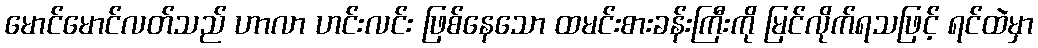
မောင်မောင်လတ်သည် ဟာလာ ဟင်းလင်း ဖြစ်နေသော ထမင်းစားခန်းကြီးကို မြင်လိုက်ရသဖြင့် ရင်ထဲမှာ